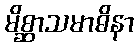
မိစ္ဆာသမာဓိနာ